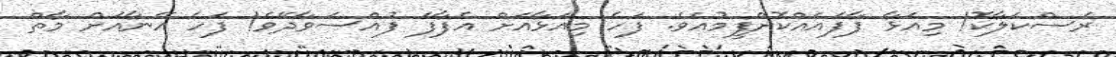
ރަސްކަލާކޮ! މިއަޅާ ފާފައެއްކޮށްފީމުއެވެ. ފަހެ މިއަޅާއަށް އެފާފަ ފުއްސަވާދޭވެ! ފަހެ އޭނާއަށް މާތް